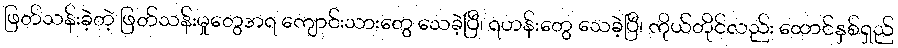
ဖြတ်သန်းခဲ့တဲ့ ဖြတ်သန်းမှုတွေအရ ကျောင်းသားတွေ သေခဲ့ပြီ၊ ရဟန်းတွေ သေခဲ့ပြီ၊ ကိုယ်တိုင်လည်း ထောင်နှစ်ရှည်